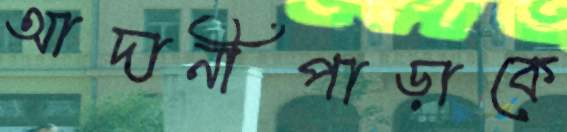
আদানীপাড়াকে